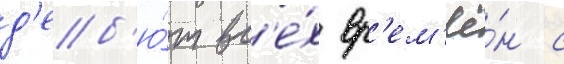
д'еб'ю́т вс'е́х вр'ем'ё́н с